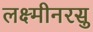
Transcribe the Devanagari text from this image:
लक्ष्मीनरसु